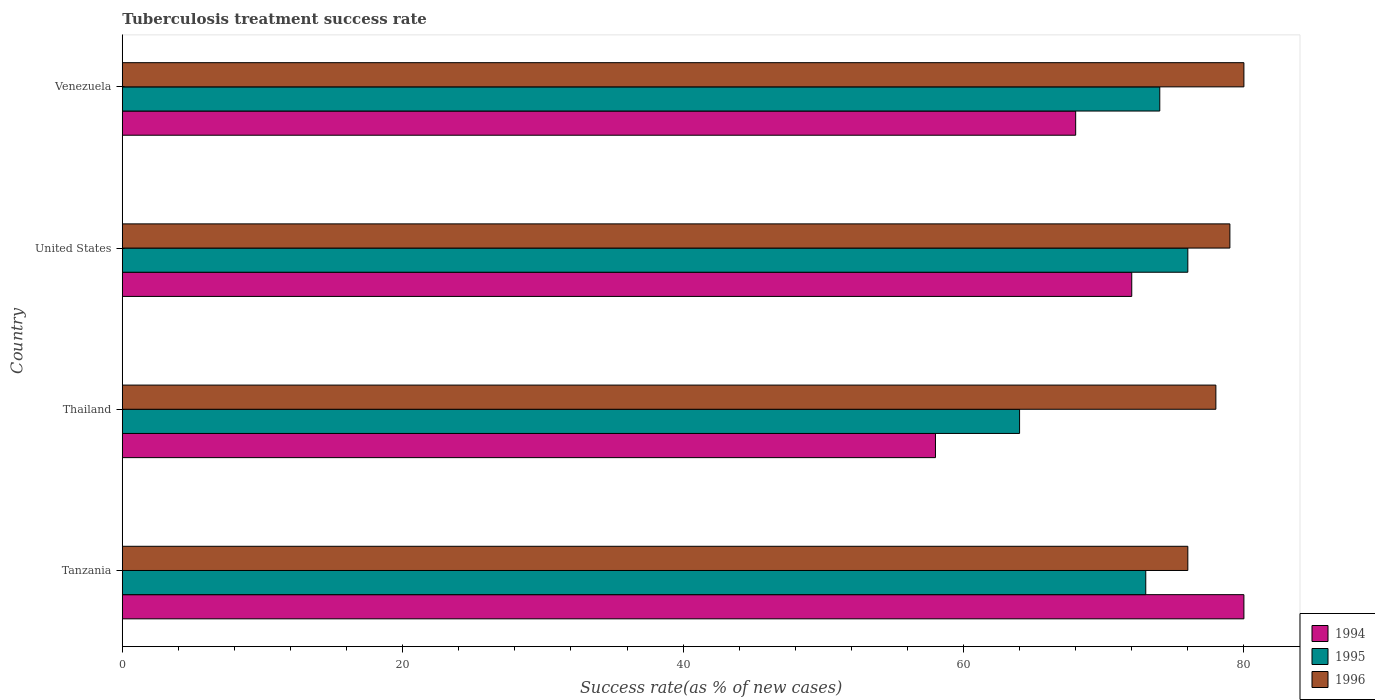
| Country | 1994 | 1995 | 1996 |
 | --- | --- | --- | --- |
 | Tanzania | 80 | 73 | 76 |
 | Thailand | 58 | 64 | 78 |
 | United States | 72 | 76 | 79 |
 | Venezuela | 68 | 74 | 80 |